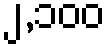
၂,၁၀၀